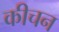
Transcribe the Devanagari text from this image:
कीचन